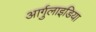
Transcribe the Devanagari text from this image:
आर्गुलाइडिया